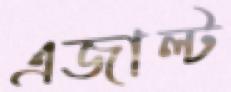
এজাল্ট